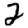
Digit: 2